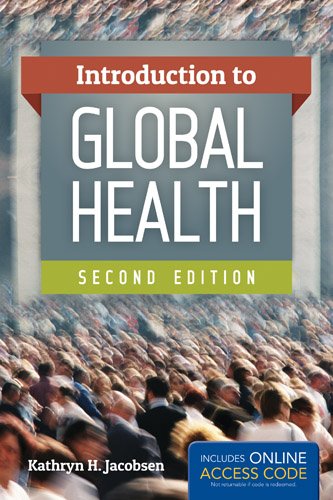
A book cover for Introduction To Global Health; Kathryn H. Jacobsen; Medical Books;